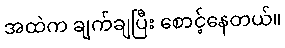
အထဲက ချက်ချပြီး စောင့်နေတယ်။